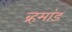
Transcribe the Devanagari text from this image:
ब्र्हमांड